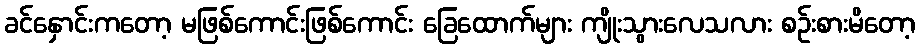
ခင်နှောင်းကတော့ မဖြစ်ကောင်းဖြစ်ကောင်း ခြေထောက်များ ကျိုးသွားလေသလား စဉ်းစားမိတော့